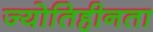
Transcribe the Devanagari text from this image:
ज्योतिहीनता